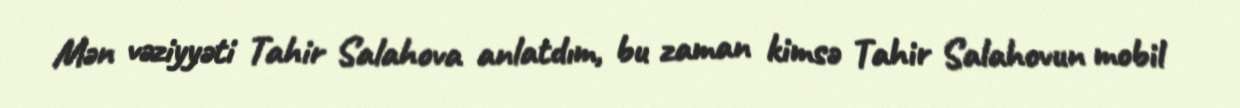
Mən vəziyyəti Tahir Salahova anlatdım, bu zaman kimsə Tahir Salahovun mobil